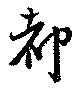
都